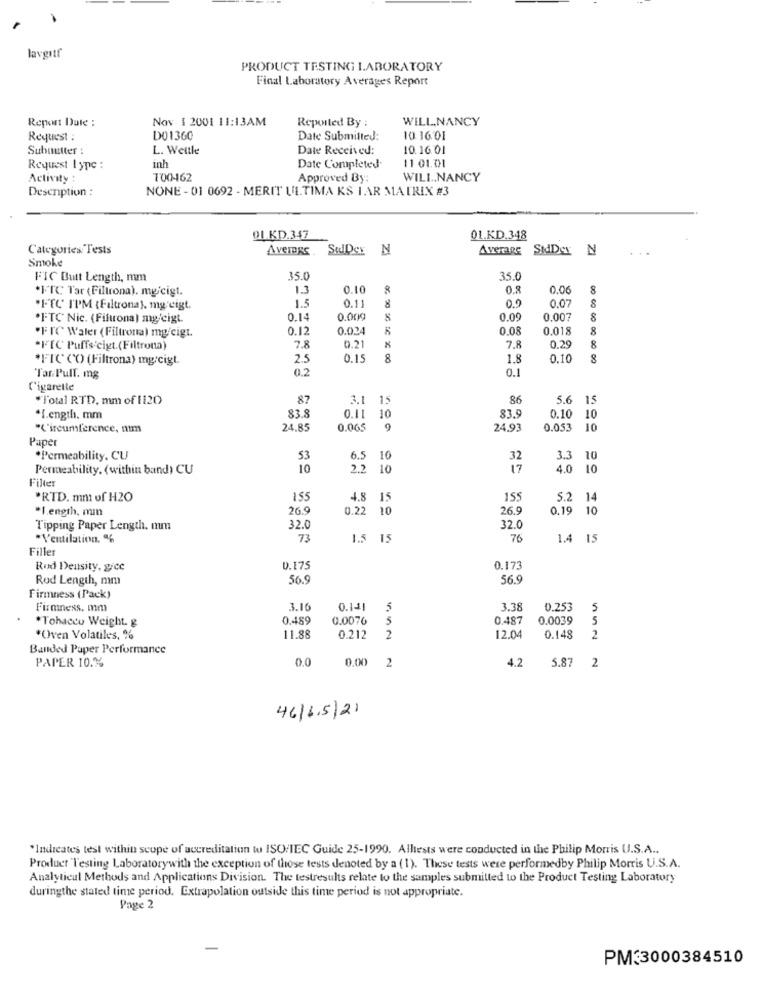
lavgrtf
PRODUCT TESTING LABORATORY
Final Laboratory Averages Report
Report Date :
Nov 1 2001 11:13AM
Reported By :
WILL,NANCY
Request :
DO1360
Date Submitted:
10. 16.01
Submutter
L. Weltle
Date Received:
10.16.01
Request I ypc :
inh
Date Completed-
11 01.01
Activity :
700462
Approved By
WILL.NANCY
NONE - 01 0692 - MERIT ULTIMA KS IAR MATRIX #3
Description :
QLKD.347
OL.KD.348
Categories Tests
Average SWDer N
Average
SidDar N
Smoke
FIC Butt Length, mm
35.0
35.0
*FTC Tar (Filtrona). mg/cigt.
1.3
0.10
0.8
0.06
8
1.5
0.11
8
00
0.07
"FTC' I'PM {Filtrona), mg eigt.
*FTC Nic. (Filtrona) mg/cigt.
0.1
0.000
8
0.09
0.00
"FIC Water ( Filtrona) mg/cigt.
0.12
0.024
0.08
0.018
8
7.8
*FfC Puffs'cigt. (Filtrona)
0.21
7.8
0.29
8
*FICCO (Filtrona) mg:cigt.
2.5
0.15
8
1.8
0.10
8
0.2
0.1
Tar Pull. mg
Cigaretle
*Total RTD, mm of 1120
87
3.1 15
86
5.6
15
83.8
.[.ength. mm
0.11 10
83.9
0.10
10
"Circumference, num
24.85
0.065
9
24.93
0.053
10
Paper
*Permeability, CU
6.5 10
32
3.3
10
Permeability. (within band) CU
10
2.2 10
17
4.0
10
Filter
RTD. mm of H2O
155
4.8 15
155
5.2 14
*I.ength, mmn
26.9
0.22 10
26.9
0.19 10
Tipping Paper Length. mm
32.
32.0
*Ventilation. %
73
1.5 15
76
1.4 15
Filler
Rod Density, gicc
0.175
0.173
Rod Length, mm
56.
56.9
Firmness (Pack)
Firmness. mm
3.16
0.141
5
3.38
0.253
5
*Tobacco Weight. g
0.489
0.0076
5
0.487
0.0039
5
*Oven Volatiles, %
11.88
0.212
2
12.04
0.148
2
Banded Paper Performance
0.0
4.2
5.87
PAPER 10.%
0.00 2
2
46/6.5/21
*Indicates test within scope of accreditation to ISO/IEC Guide 25-1990. Alltests were conducted in the Philip Morris U.S.A ..
Product Testing Laboratorywith the exception of those tests denoted by a (1). These tests were performedby Philip Morris U.S.A.
Analytical Methods and Applications Division. The testresults relate to the samples submitted to the Product Testing Laboratory
duringthe stated time period. Extrapolation outside this time period is not appropriate.
Page 2
PM33000384510